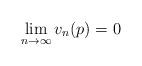
LaTeX: \begin{align*}\lim_{n\to\infty} v_n(p) = 0\end{align*}